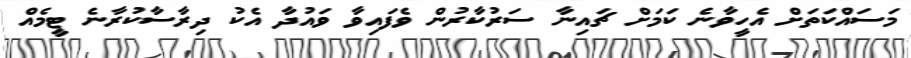
މަސައްކަތަށް އެހީވާނެ ކަމަށް ޗައިނާ ސަރުކާރުން ވެފައިވާ ވައުދާ އެކު ދިރާސާކުރާނެ ޓީމެއް